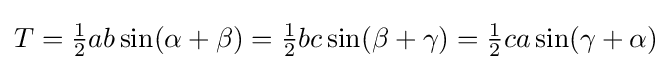
T={\tfrac {1}{2}}ab\sin(\alpha +\beta )={\tfrac {1}{2}}bc\sin(\beta +\gamma )={\tfrac {1}{2}}ca\sin(\gamma +\alpha )